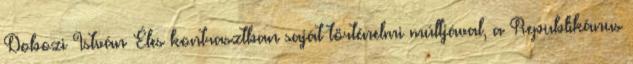
Dobozi István Éles kontrasztban saját történelmi múltjával, a Republikánus